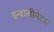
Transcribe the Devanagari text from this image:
इन्वाजीनेटस